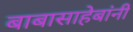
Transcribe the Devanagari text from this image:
बाबासाहेबांनीं